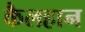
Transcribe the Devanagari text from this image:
कैलहान